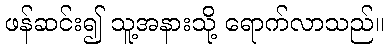
ဖန်ဆင်း၍ သူ့အနားသို့ ရောက်လာသည်။